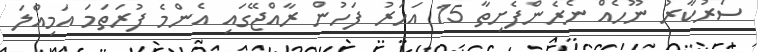
ސަރުކާރު ނޫހެއް ނެރެންފެށިތާ 15 އަހަރު ފަހުން ރާއްޖޭގައި އެންމެ ފުރަތަމަ އަމިއްލަ